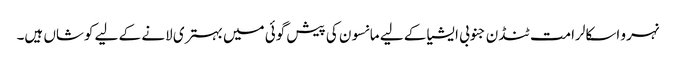
نہرو اسکالرامت ٹنڈن جنوبی ایشیا کے لیے مانسون کی پیش گوئی میں بہتری لانے کے لیے کوشاں ہیں۔